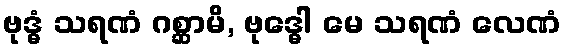
ဗုဒ္ဓံ သရဏံ ဂစ္ဆာမိ, ဗုဒ္ဓေါ မေ သရဏံ လေဏံ